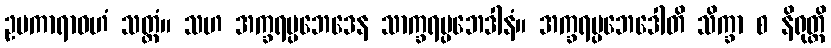
ဥပကာရာဝဟံ သတ္ထံ။ သဟ အက္ခရပ္ပဘေဒေန သာက္ခရပ္ပဘေဒါနံ။ အက္ခရပ္ပဘေဒေါတိ သိက္ခာ စ နိရုတ္တိ